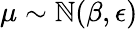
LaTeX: \mu\sim\mathbb{N}(\beta,\epsilon)